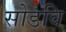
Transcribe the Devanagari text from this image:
सोडवि